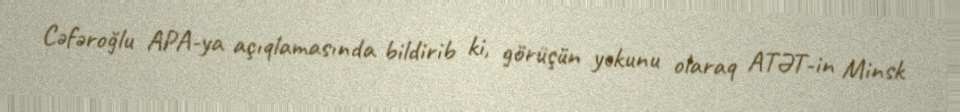
Cəfəroğlu APA-ya açıqlamasında bildirib ki, görüşün yekunu olaraq ATƏT-in Minsk